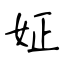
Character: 姃